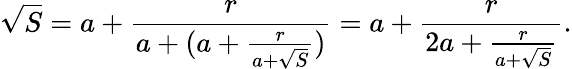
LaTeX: {\sqrt{S}}=a+{\frac{r}{a+(a+{\frac{r}{a+{\sqrt{S}}}})}}=a+{\frac{r}{2a+{\frac{r}{a+{\sqrt{S}}}}}}.